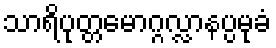
သာရိပုတ္တမောဂ္ဂလ္လာနပ္ပမုခံ